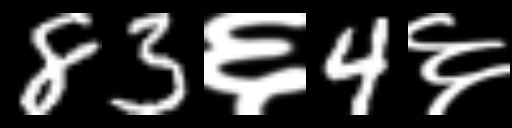
Text: 83६4६